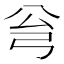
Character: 𱝛